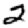
Digit: 2